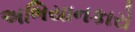
અભિયાનકારો